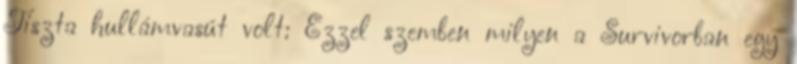
Tiszta hullámvasút volt: Ezzel szemben milyen a Survivorban egy